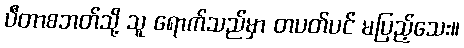
ပီတာစဘတ်သို့ သူ ရောက်သည်မှာ တပတ်ပင် မပြည့်သေး။